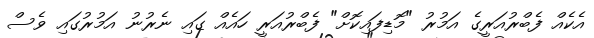
އެކެއް ފެބްރުއަރީގެ އަމުރު "މޮޑިފައިކޮށް" ފެބްރުއަރީ ހައެއް ގައި ނެރުނު އަމުރުގައި ވެސް